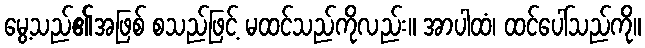
မွေ့သည်၏အဖြစ် စသည်ဖြင့် မထင်သည်ကိုလည်း။ အာပါထံ၊ ထင်ပေါ်သည်ကို။